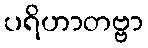
ပရိဟာတဗ္ဗာ